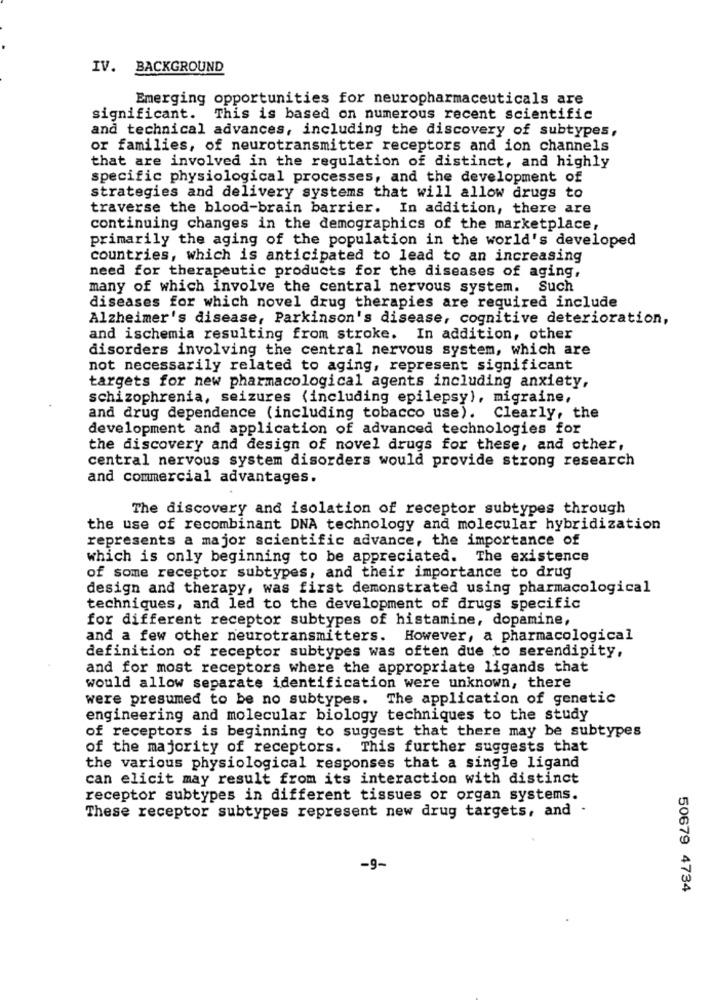
IV. BACKGROUND
Emerging opportunities for neuropharmaceuticals are
significant. This is based on numerous recent scientific
and technical advances, including the discovery of subtypes,
or families, of neurotransmitter receptors and ion channels
that are involved in the regulation of distinct, and highly
specific physiological processes, and the development of
strategies and delivery systems that will allow drugs to
traverse the blood-brain barrier. In addition, there are
continuing changes in the demographics of the marketplace,
primarily the aging of the population in the world's developed
countries, which is anticipated to lead to an increasing
need for therapeutic products for the diseases of aging,
many of which involve the central nervous system. Such
diseases for which novel drug therapies are required include
Alzheimer's disease, Parkinson's disease, cognitive deterioration,
and ischemia resulting from stroke. In addition, other
disorders involving the central nervous system, which are
not necessarily related to aging, represent significant
targets for new pharmacological agents including anxiety,
schizophrenia, seizures (including epilepsy), migraine,
and drug dependence (including tobacco use). Clearly, the
development and application of advanced technologies for
the discovery and design of novel drugs for these, and other,
central nervous system disorders would provide strong research
and commercial advantages.
The discovery and isolation of receptor subtypes through
the use of recombinant DNA technology and molecular hybridization
represents a major scientific advance, the importance of
which is only beginning to be appreciated. The existence
of some receptor subtypes, and their importance to drug
design and therapy, was first demonstrated using pharmacological
techniques, and led to the development of drugs specific
for different receptor subtypes of histamine, dopamine,
and a few other neurotransmitters. However, a pharmacological
definition of receptor subtypes was often due to serendipity,
and for most receptors where the appropriate ligands that
would allow separate identification were unknown, there
were presumed to be no subtypes. The application of genetic
engineering and molecular biology techniques to the study
of receptors is beginning to suggest that there may be subtypes
of the majority of receptors. This further suggests that
the various physiological responses that a single ligand
can elicit may result from its interaction with distinct
receptor subtypes in different tissues or organ systems.
These receptor subtypes represent new drug targets, and -
-9-
50679 4734